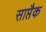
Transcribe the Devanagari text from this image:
साप्तैक